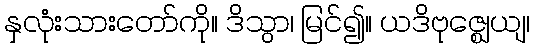
နှလုံးသားတော်ကို။ ဒိသွာ၊ မြင်၍။ ယဒိဗုဇ္ဈေယျ၊